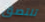
تلتصق